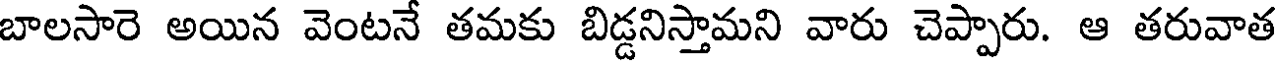
బాలసారె అయిన వెంటనే తమకు బిడ్డనిస్తామని వారు చెప్పారు. ఆ తరువాత